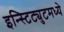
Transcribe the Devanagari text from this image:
इन्स्टिट्युटमध्ये